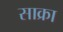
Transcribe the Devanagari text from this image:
साक्रा